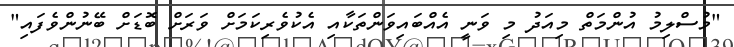
"މުސްލިމު އުންމަތް މިއަދު މި ވަނީ އެއްބައިވަންތަކާއި އެކުވެރިކަމަށް ވަރަށް ބޮޑަށް ބޭނުންވެފައި"